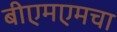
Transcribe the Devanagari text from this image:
बीएमएमचा